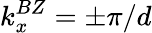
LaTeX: k_{x}^{BZ}=\pm\pi/d